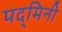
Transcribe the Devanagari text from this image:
पद्‌मिनी